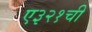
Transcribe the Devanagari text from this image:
ए३२१ची